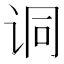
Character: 𫍣